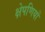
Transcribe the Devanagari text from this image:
क्षेपणियों